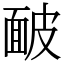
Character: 䩅